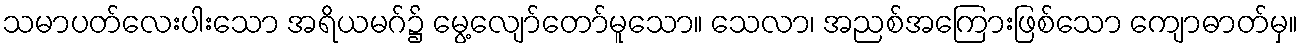
သမာပတ်လေးပါးသော အရိယမဂ်၌ မွေ့လျော်တော်မူသော။ သေလာ၊ အညစ်အကြေားဖြစ်သော ကျောဓာတ်မှ။